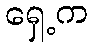
ရှေ့က